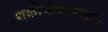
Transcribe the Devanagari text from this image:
शक्तीपीठापासुन